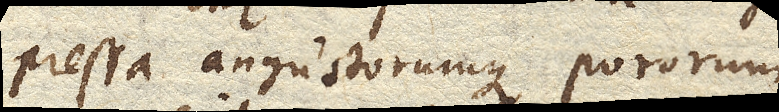
pressa angustorumque pororum